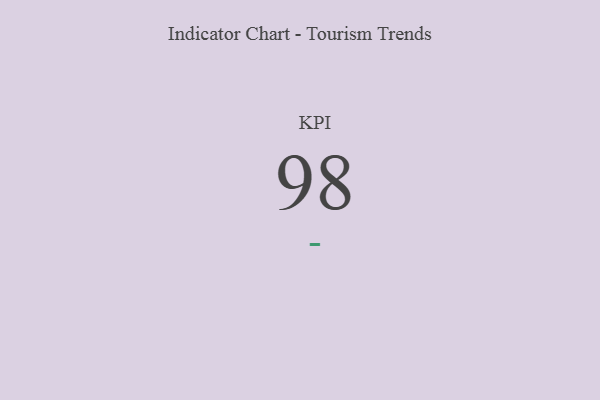
{"axis": {"x": "KPI", "y": "Value"}, "legend": [""], "data": [{"x": "KPI", "y": 98, "type": ""}]}